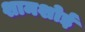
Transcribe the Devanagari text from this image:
शामशोई